Report of the veterinary officer investigating camel disease
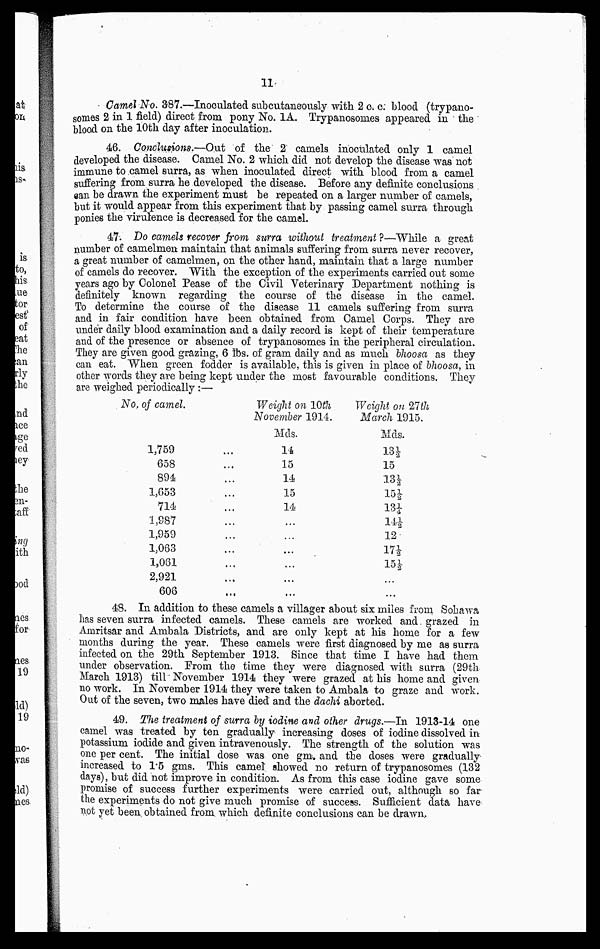
11
Camel No. 387.—Inooulated subcutaneously with 2 c. c. blood (trypano-
somes 2 in 1 field) direct from pony No. 1A. Trypanosomes appeared in the
blood on the 10th day after inoculation.
46. Conclusions.—Out of the 2 camels inoculated only 1 camel
developed the disease. Camel No. 2 which did not develop the disease was not
immune to camel surra, as when inoculated direct with blood from a camel
suffering from surra he developed the disease. Before any definite conclusions
can be drawn the experiment must be repeated on a larger number of camels,
but it would appear from this experiment that by passing camel surra through
ponies the virulence is decreased for the camel.
47. Do camels recover from surra without treatment ?—While a great
number of camelmen maintain that animals suffering from surra never recover,
a great number of camelmen, on the other hand, maintain that a large number
of camels do recover. With the exception of the experiments carried out some
years ago by Colonel Pease of the Civil Veterinary Department nothing is
definitely known regarding the course of the disease in the camel.
To determine the course of the disease 11 camels suffering from surra
and in fair condition have been obtained from Camel Corps. They are
under daily blood examination and a daily record is kept of their temperature
and of the presence or absence of trypanosomes in the peripheral circulation.
They are given good grazing, 6 lbs. of gram daily and as much bhoosa as they
can eat. When green fodder is available, this is given in place of bhoosa, in
other words they are being kept under the most favourable conditions. They
are weighed periodically :—
No, of camel.
1,759
658
894
1,653
714
1,987
1,959
1,063
1,061
2,921
606
Weight on10th
November 1914.
Mds.
14
15
14
15
14
...
...
...
...
...
...
Weight on 21th
March 1915.
Mds.
13 ½
15
13 ½
15 ½
13 ½
14 ½
12
17 ½
15 ½
...
...
48. In addition to these camels a villager about six miles from Sohawa
has seven surra infected camels. These camels are worked and. grazed in
Amritsar and Ambala Districts, and are only kept at his home for a few
months during the year. These camels were first diagnosed by me as surra
infected on the 29th September 1913. Since that time I have had them
under observation. Prom the time they were diagnosed with surra (29th
March 1913) till November 1914 they were grazed at his home and given
no work. In November 1914 they were taken to Ambala to graze and work
Out of the seven, two males have died and the dachi aborted.
49. The treatment of surra by iodine and other drugs.—In 1913-14 one
camel was treated by ten gradually increasing doses of iodine dissolved in
potassium iodide and given intravenously. The strength of the solution was
one per cent. The initial dose was one gm. and the doses were gradually
increased to 1.5 gms. This camel showed no return of trypanosomes (132)
days), but did not improve in condition. As from this case iodine gave some
Promise
of
success
further
expriments
were
carried
out
although
so
far